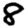
Digit: 8